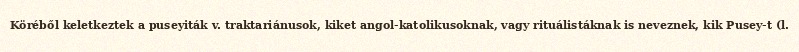
Köréből keletkeztek a puseyiták v. traktariánusok, kiket angol-katolikusoknak, vagy rituálistáknak is neveznek, kik Pusey-t (l.